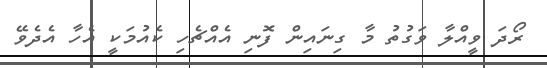
ރޯދަ ވީއްލާ ވަގުތު މާ ގިނައިން ފޮނި އެއްޗެހި ކެއުމަކީ އެހާ އެދެވޭ